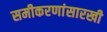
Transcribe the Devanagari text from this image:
समीकरणांसारखी